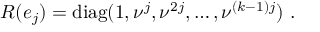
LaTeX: R ( e _ { j } ) = \mathrm { d i a g } ( 1 , \nu ^ { j } , \nu ^ { 2 j } , \ldots , \nu ^ { ( k - 1 ) j } ) \, \, .